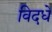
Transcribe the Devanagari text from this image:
विदधे